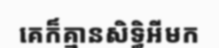
គេក៏គ្មានសិទ្ធិអីមក